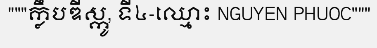
"""ក្លឹបឌីស្កូ, ទី៤-ឈ្មោះ NGUYEN PHUOC"""